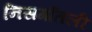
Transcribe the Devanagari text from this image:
निसर्गातली